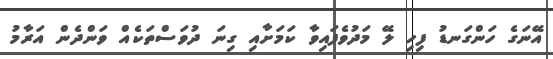
އޭނަގެ ހަންގަނޑު ފިހި ލޭ މަދުވެފައިވާ ކަމަށާއި ގިނަ ދުވަސްތަކެއް ވަންދެން އަރާމު